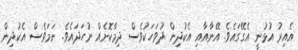
އެއިރު އުޅުނީ އެގޭގައެވެ. އޭނާއާއި އެކުދިން ދުވަހަކުވެސް ދިމާކޮށެއް ނުހަދައެވެ. ނަމަވެސް އެކުދިން